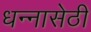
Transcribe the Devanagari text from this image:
धन्नासेठी